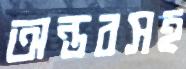
অন্তরসহ